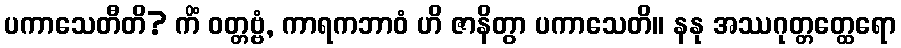
ပကာသေတီတိ? ကိံ ဝတ္တဗ္ဗံ, ကာရကဘာဝံ ဟိ ဇာနိတွာ ပကာသေတိ။ နနု အဿဂုတ္တတ္ထေရော